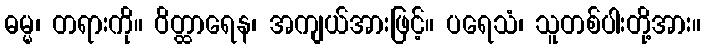
ဓမ္မ၊ တရားကို။ ဝိတ္ထာရေန၊ အကျယ်အားဖြင့်။ ပရေသံ၊ သူတစ်ပါးတို့အား။